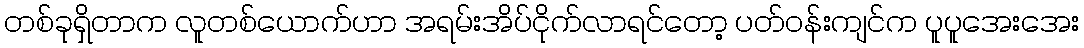
တစ်ခုရှိတာက လူတစ်ယောက်ဟာ အရမ်းအိပ်ငိုက်လာရင်တော့ ပတ်ဝန်းကျင်က ပူပူအေးအေး